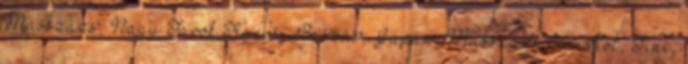
Masszázs, Nagy Farok Kanos, Baszás, Japán, Masszázs Cumshot, Tini,